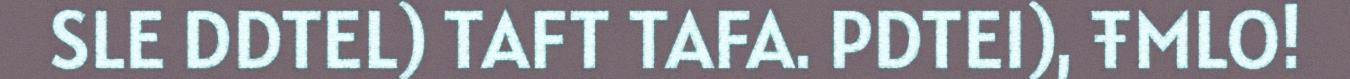
SLE DDTEL) TAFT TAFA. PDTEI), ŦMLO!